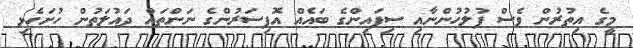
މީގެ އިތުރުން ވެސް ފުލުހުންނާއި ސިފައިންގެ ބައެއް އޮފިސަރުންގެ ނަންތައް ދައުލަތުން ހުށަހެޅި